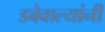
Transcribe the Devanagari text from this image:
डबेवाल्यांनी